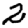
Digit: 2